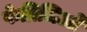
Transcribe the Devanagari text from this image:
फेब्रिजिओ